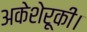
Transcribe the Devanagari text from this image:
अकेशेरूकी।